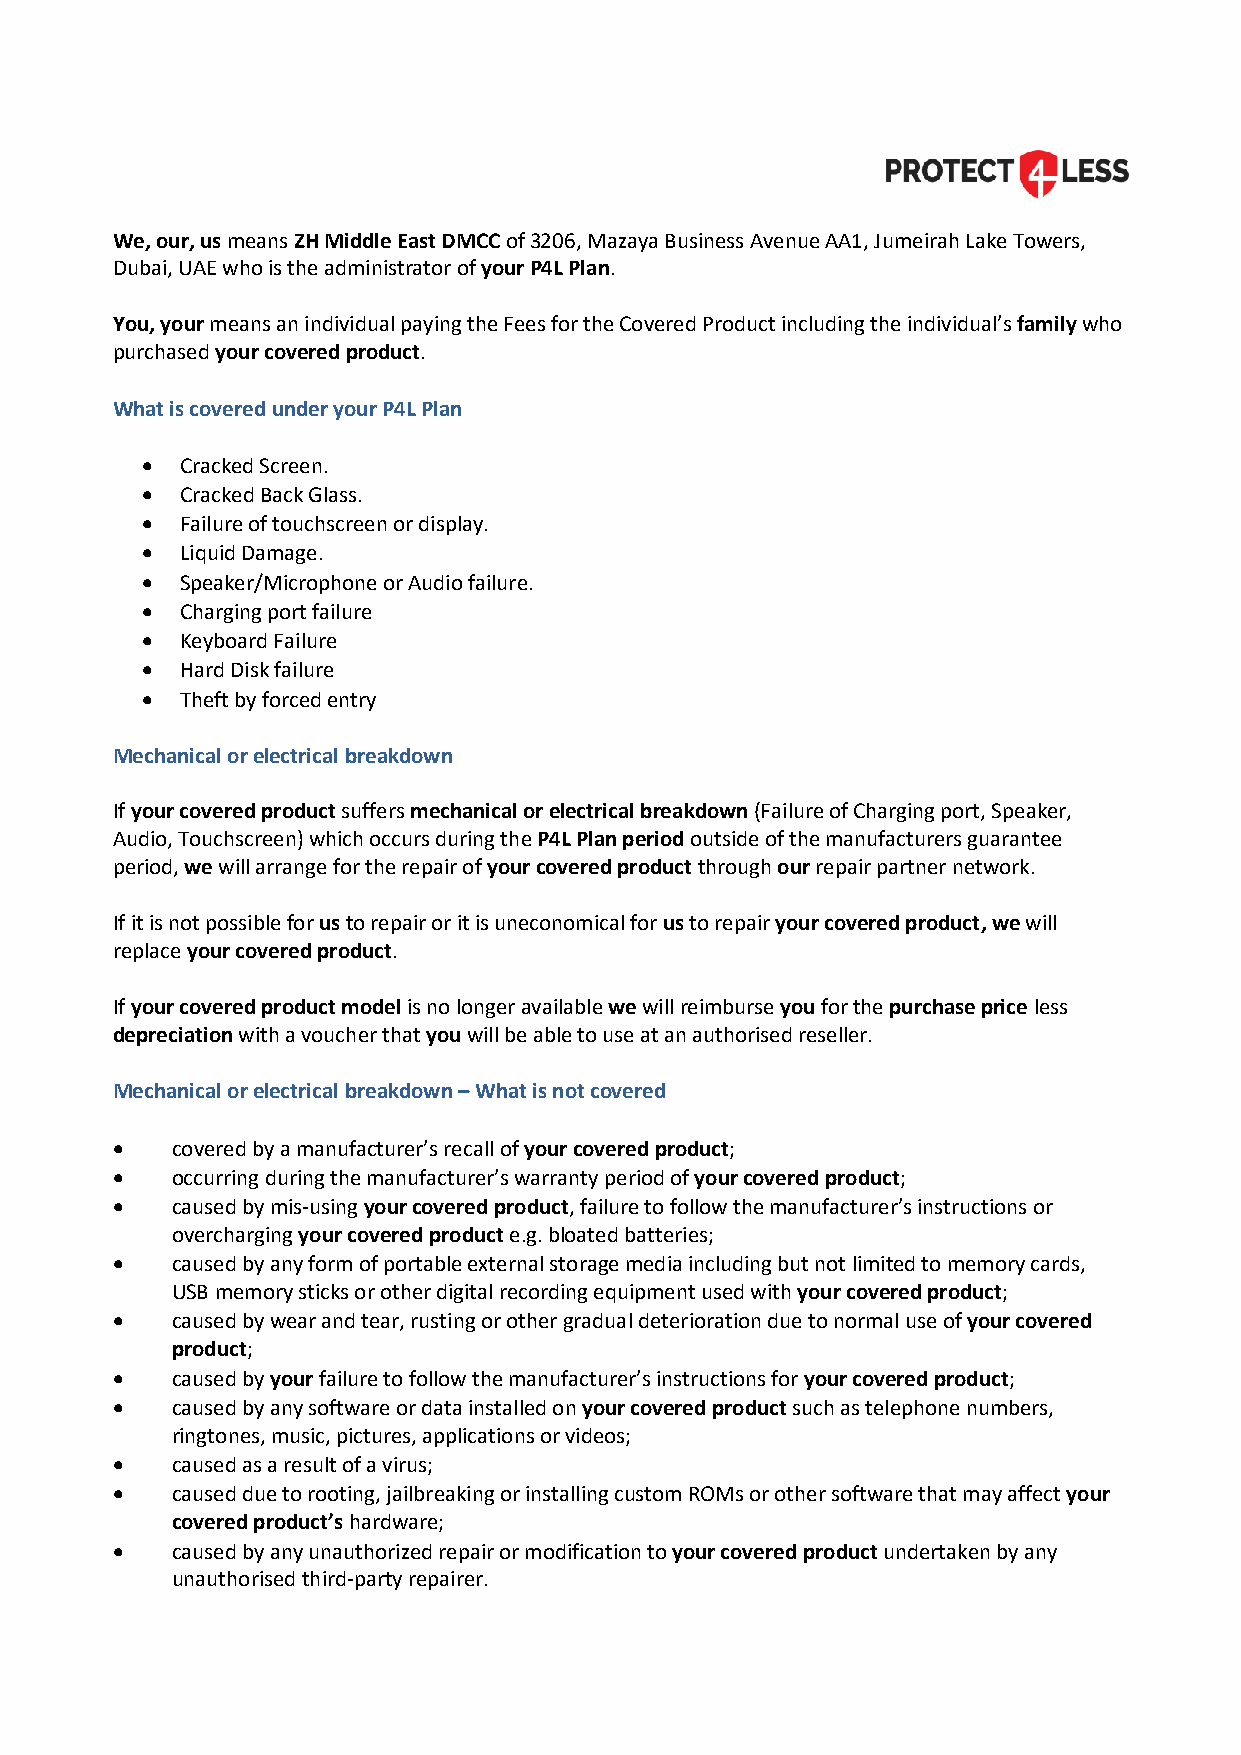
We, our, us means ZH Middle East DMCC of 3206, Mazaya Business Avenue AA1, Jumeirah Lake Towers,
 Dubai, UAE who is the administrator of your P4L Plan.
 You, your means an individual paying the Fees for the Covered Product including the individual’s family who
 purchased your covered product.
 What is covered under your P4L Plan
   Cracked Screen.
   Cracked Back Glass.
   Failure of touchscreen or display.
   Liquid Damage.
   Speaker/Microphone or Audio failure.
   Charging port failure
   Keyboard Failure
   Hard Disk failure
   Theft by forced entry
 Mechanical or electrical breakdown
 If your covered product suffers mechanical or electrical breakdown (Failure of Charging port, Speaker,
 Audio, Touchscreen) which occurs during the P4L Plan period outside of the manufacturers guarantee
 period, we will arrange for the repair of your covered product through our repair partner network.
 If it is not possible for us to repair or it is uneconomical for us to repair your covered product, we will
 replace your covered product.
 If your covered product model is no longer available we will reimburse you for the purchase price less
 depreciation with a voucher that you will be able to use at an authorised reseller.
 Mechanical or electrical breakdown – What is not covered
    covered by a manufacturer’s recall of your covered product;
    occurring during the manufacturer’s warranty period of your covered product;
    caused by mis-using your covered product, failure to follow the manufacturer’s instructions or
 overcharging your covered product e.g. bloated batteries;
    caused by any form of portable external storage media including but not limited to memory cards,
 USB memory sticks or other digital recording equipment used with your covered product;
    caused by wear and tear, rusting or other gradual deterioration due to normal use of your covered
 product;
    caused by your failure to follow the manufacturer’s instructions for your covered product;
    caused by any software or data installed on your covered product such as telephone numbers,
 ringtones, music, pictures, applications or videos;
    caused as a result of a virus;
    caused due to rooting, jailbreaking or installing custom ROMs or other software that may affect your
 covered product’s hardware;
    caused by any unauthorized repair or modification to your covered product undertaken by any
 unauthorised third-party repairer.